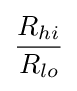
{\frac {R_{hi}}{R_{lo}}}